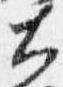
大